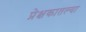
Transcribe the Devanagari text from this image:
प्रेक्षकातल्या